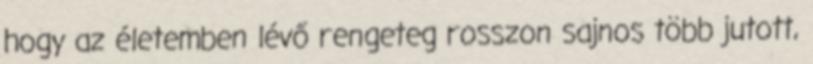
hogy az életemben lévő rengeteg rosszon sajnos több jutott,